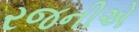
રજનીએ